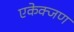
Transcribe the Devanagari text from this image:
एकेक्जण